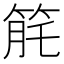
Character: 𥭬